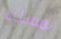
نمسك